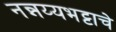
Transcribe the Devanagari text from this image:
नन्नय्यभट्टाचे